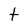
Character: t